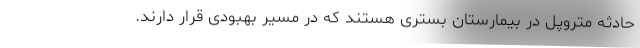
حادثه متروپل در بیمارستان بستری هستند که در مسیر بهبودی قرار دارند.